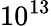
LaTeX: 10^{13}